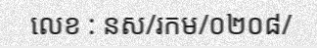
លេខ : នស/រកម/០២០៨/